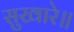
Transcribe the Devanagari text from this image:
सुखारे॥